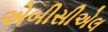
એબીસીએલ